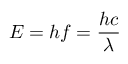
E = h f = { \frac { h c } { \lambda } } \,